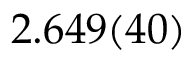
2 . 6 4 9 ( 4 0 )